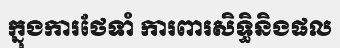
ក្នុងការថែទាំ ការពារសិទ្ធិនិងផល